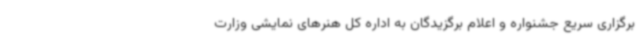
برگزاری سریع جشنواره و اعلام برگزیدگان به اداره کل هنرهای نمایشی وزارت